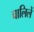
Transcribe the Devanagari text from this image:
चालिलें